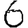
Digit: 6